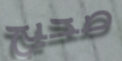
صحيح